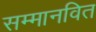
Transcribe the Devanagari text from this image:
सम्मानवित